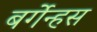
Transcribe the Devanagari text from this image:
बर्गेन्हस